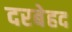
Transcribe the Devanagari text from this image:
दरबेहद